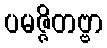
ပမဇ္ဇိတဗ္ဗာ